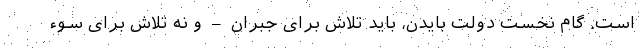
است. گام نخست دولت بایدن، باید تلاش برای جبران – و نه تلاش برای سوء